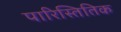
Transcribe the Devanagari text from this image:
पारिस्तितिक